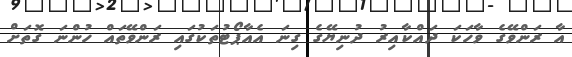
އާ ރަންވޭގެ ވާހަކަ ދައްކާއިރު ދުނިޔޭގެ ގިނަ އެއާޕޯޓުތަކުގައި ރަންވޭތައް ހުންނަ ގޮތަށް